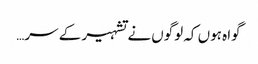
گواہ ہوں کہ لوگوں نے تشہیر کے سر…